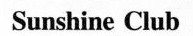
Sunshine Club